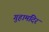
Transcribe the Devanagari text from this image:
गुहामंदिर